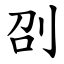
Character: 刟